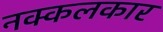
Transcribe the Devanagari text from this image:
नक्कलकार